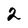
Character: 2